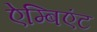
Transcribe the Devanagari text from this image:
ऐम्बिएंट